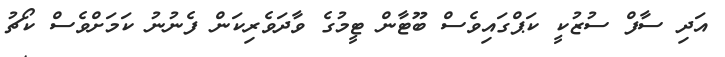
އަދި ސާފް ސުޒުކީ ކަޕްގައިވެސް ބޫޓާން ޓީމުގެ ވާދަވެރިކަން ފެނުނު ކަމަށްވެސް ކޯޗު